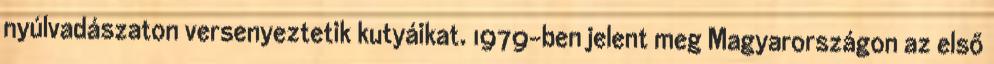
nyúlvadászaton versenyeztetik kutyáikat. 1979-ben jelent meg Magyarországon az első